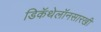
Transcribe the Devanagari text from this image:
डिकॅथेलॉनसारखी